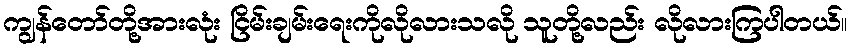
ကျွန်တော်တို့အားလုံး ငြိမ်းချမ်းရေးကိုလိုလားသလို သူတို့လည်း လိုလားကြပါတယ်။